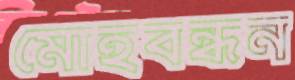
মোহবন্ধন